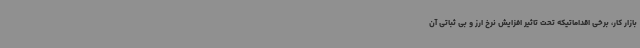
بازار کار، برخی اقداماتیکه تحت تاثیر افزایش نرخ ارز و بی ثباتی آن